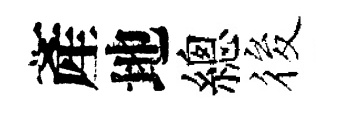
產地總筱